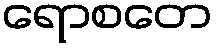
ရောစတေ